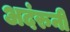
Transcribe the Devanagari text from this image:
अदंरुनी